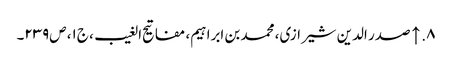
۸. ↑ صدر الدین شیرازی، محمد بن ابراہیم‌، مفاتیح الغیب، ج‌۱، ص‌۲۳۹۔